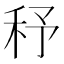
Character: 𥝱